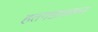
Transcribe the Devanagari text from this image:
हतगडावरून